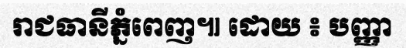
រាជធានីភ្នំពេញ៕ ដោយ ៖ បញ្ញា